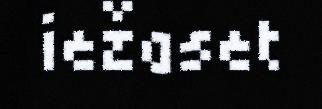
iežaset